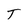
Character: T